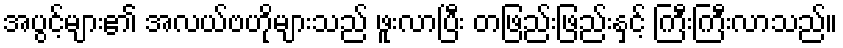
အပွင့်များ၏ အလယ်ဗဟိုများသည် ဖူးလာပြီး တဖြည်းဖြည်းနှင့် ကြီးကြီးလာသည်။